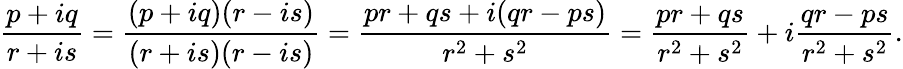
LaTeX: {\frac{p+iq}{r+is}}={\frac{(p+iq)(r-is)}{(r+is)(r-is)}}={\frac{pr+qs+i(qr-ps)}{r^{2}+s^{2}}}={\frac{pr+qs}{r^{2}+s^{2}}}+i{\frac{qr-ps}{r^{2}+s^{2}}}.